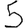
Digit: 5